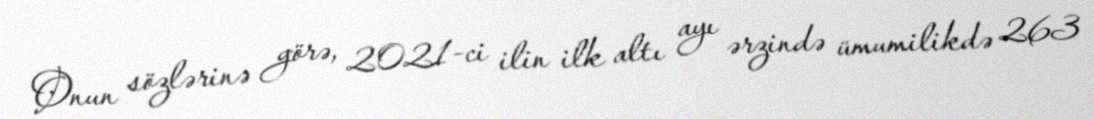
Onun sözlərinə görə, 2021-ci ilin ilk altı ayı ərzində ümumilikdə 263